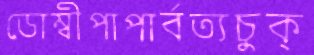
ডোম্বীপাপার্বত্যচুক্